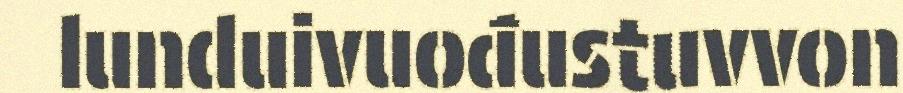
lunduivuođustuvvon